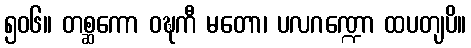
၅၀၆။ တစ္ဆကော ဝဍ္ဎကီ မတော၊ ပလဂဏ္ဍော ထပတျပိ။